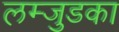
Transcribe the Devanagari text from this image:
लम्जुडका